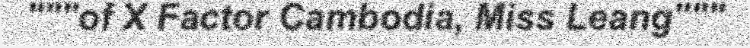
"""of X Factor Cambodia, Miss Leang"""